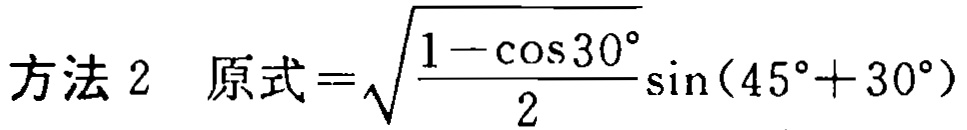
方法 2 原式=$\sqrt{\frac{1 - \cos30^{\circ}}{2}}\sin(45^{\circ} + 30^{\circ})$